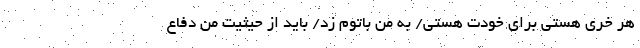
هر خری هستی برای خودت هستی/ به من باتوم زد/ باید از حیثیت من دفاع